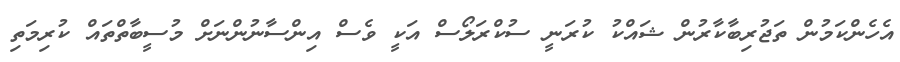
އެހެންކަމުން ތަޖުރިބާކާރުން ޝައްކު ކުރަނީ ސުކްރަލޯސް އަކީ ވެސް އިންސާނުންނަށް މުސީބާތްތައް ކުރިމަތި